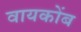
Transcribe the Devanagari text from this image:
वायकोंब